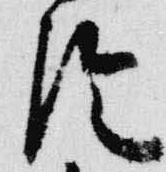
陰